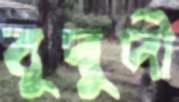
বুদ্বুদী